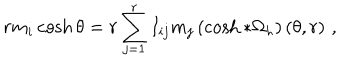
r m _ { i } \cosh \theta = r \sum _ { j = 1 } ^ { r } I _ { i j } m _ { j } \left( \cosh * \Omega _ { h } \right) ( \theta , r ) \, \, ,